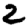
Digit: 2